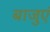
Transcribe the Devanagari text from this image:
बाजुएं